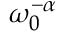
\omega _ { 0 } ^ { - \alpha }